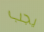
يجب